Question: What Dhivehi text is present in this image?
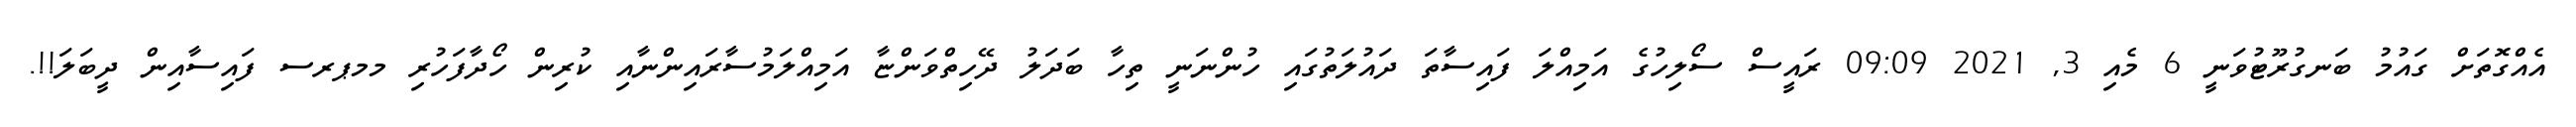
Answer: އެއްގޮތަށް ގައުމު ބަނގުރޫޓުވަނީ 6 މެއި 3, 2021 09:09 ރައީސް ސޯލިހުގެ އަމިއްލަ ފައިސާތަ ދައުލަތުގައި ހުންނަނީ ތިހާ ބަދަލު ދޭހިތްވަންޏާ އަމިއްލަމުސާރައިންނާއި ކުރިން ހޯދާފަހުރި މމޕރސ ފައިސާއިން ދީބަލަ!!.